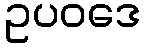
ဥပဝဒေ